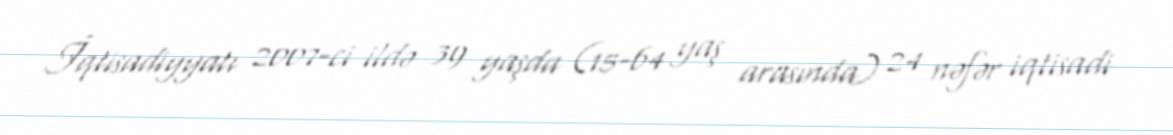
İqtisadiyyatı 2007-ci ildə 39 yaşda (15-64 yaş arasında) 24 nəfər iqtisadi